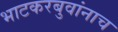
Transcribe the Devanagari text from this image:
भाटकरबुवांनाच